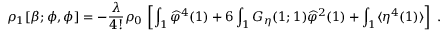
\rho _ { 1 } [ \beta ; \phi , \phi ] = - \frac { \lambda } { 4 ! } \rho _ { 0 } \, \left[ \int _ { 1 } \widehat \varphi ^ { 4 } ( 1 ) + 6 \int _ { 1 } G _ { \eta } ( 1 ; 1 ) \widehat \varphi ^ { 2 } ( 1 ) + \int _ { 1 } \langle \eta ^ { 4 } ( 1 ) \rangle \right] \; .